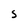
Character: S